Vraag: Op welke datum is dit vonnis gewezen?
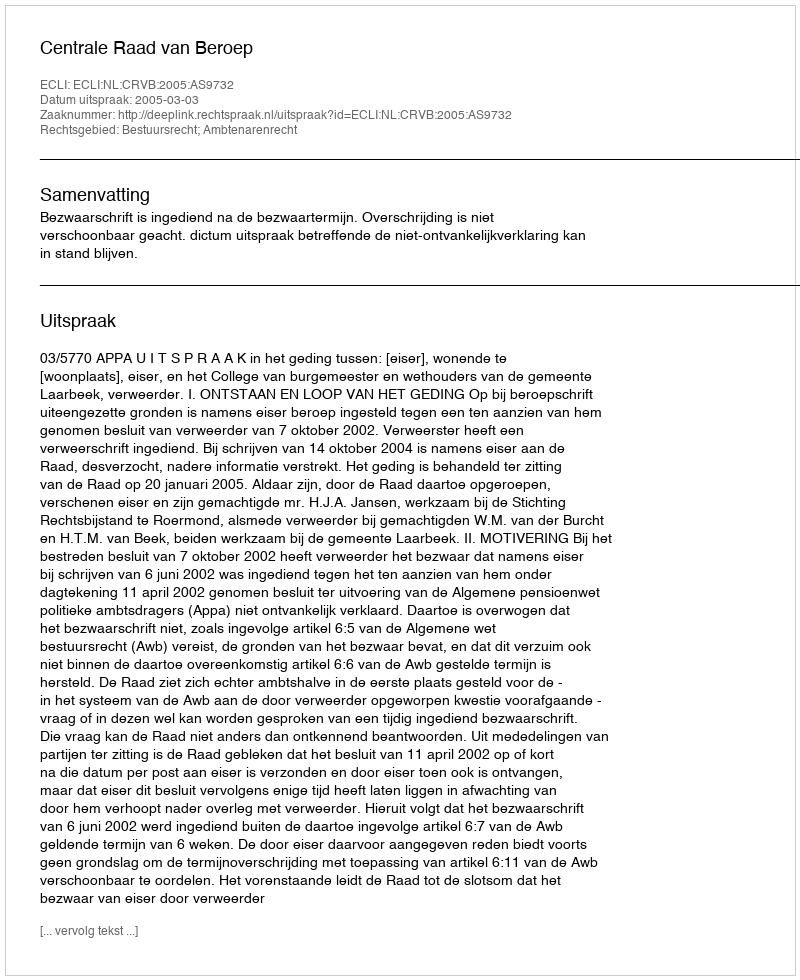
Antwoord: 2005-03-03